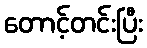
တောင့်တင်းပြီး